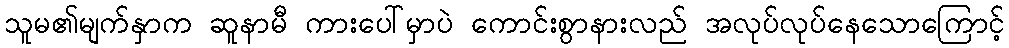
သူမ၏မျက်နှာက ဆူနာမီ ကားပေါ်မှာပဲ ကောင်းစွာနားလည် အလုပ်လုပ်နေသောကြောင့်